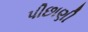
પીછાણી